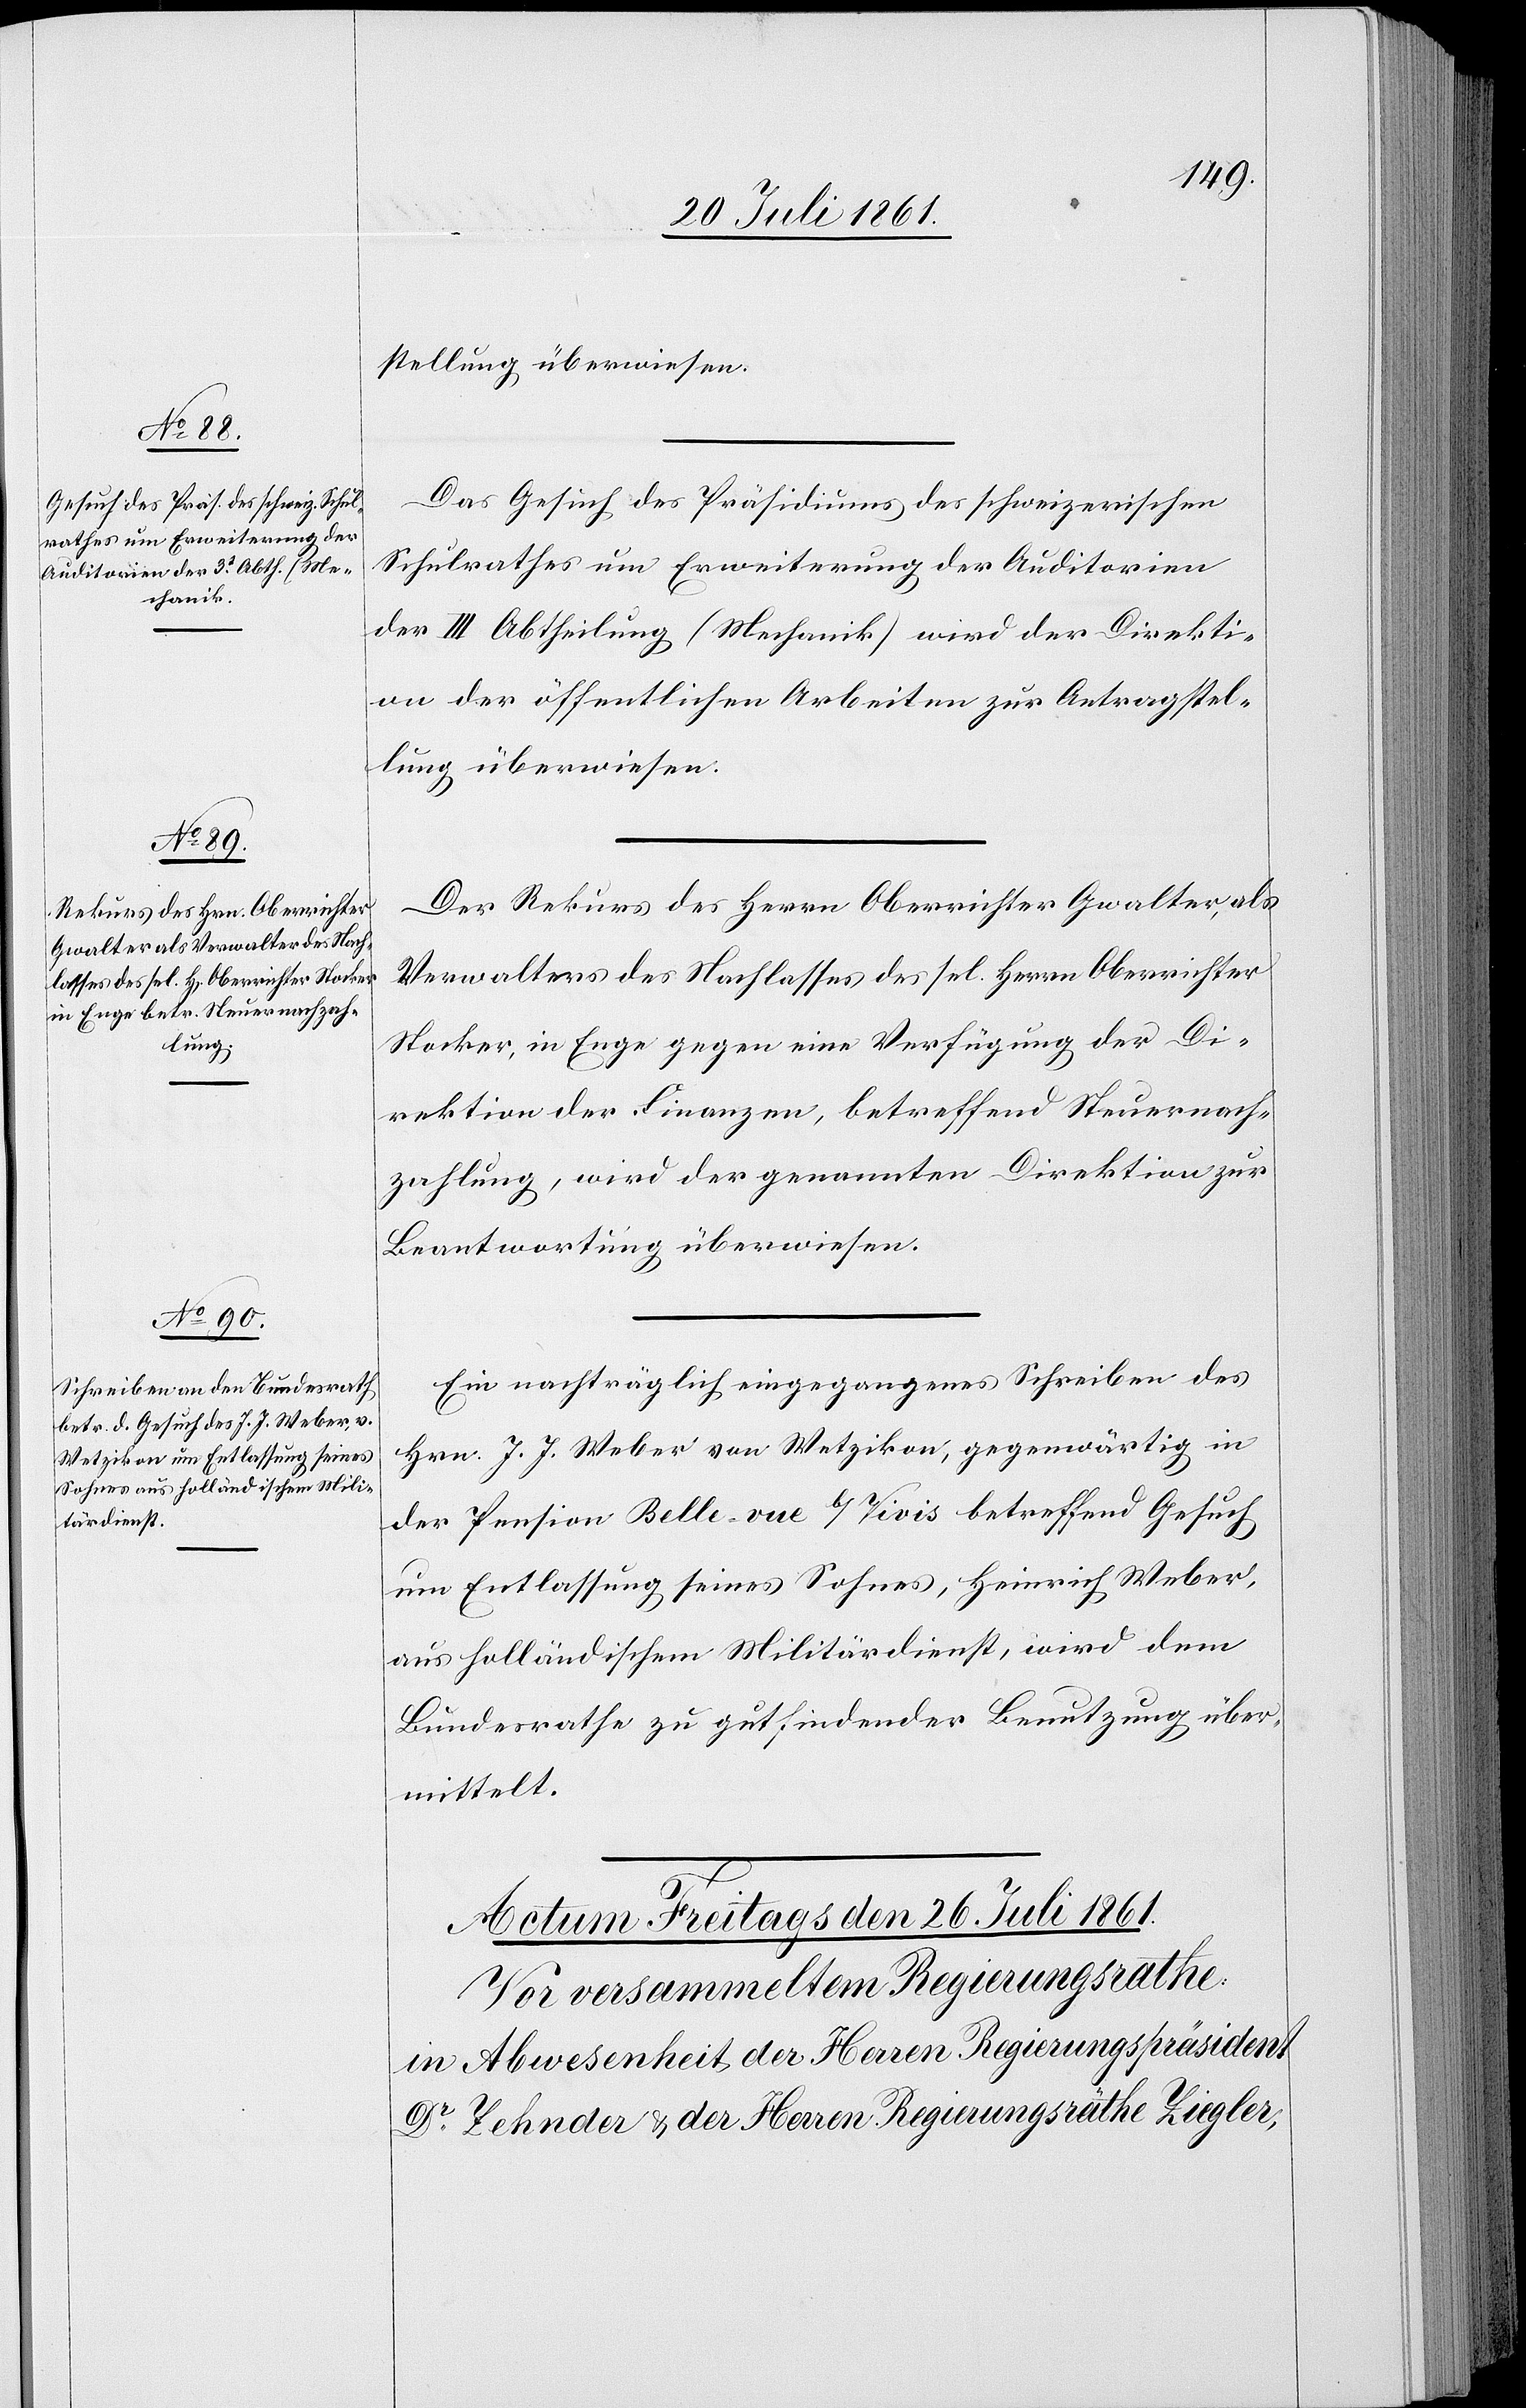
23 Juli 1861.]
stellung überwiesen.
Das Gesuch des Präsidiums des schweizerischen
Schulrathes um Erweiterung der Auditorien
der III Abtheilung (Mechanik) wird der Direkti¬
on der öffentlichen Arbeiten zur Antragstel¬
lung überwiesen.
Der Rekurs des Herrn Oberrichter Gwalter, als
Verwalters [sic!] des Nachlasses des sel. Herrn Oberrichter
Stocker, in Enge gegen eine Verfügung der Di¬
rektion der Finanzen, betreffend Steuernach¬
zahlung wird der genannten Direktion zur
Beantwortung überwiesen.
Ein nachträglich eingegangenes Schreiben des
Hrn. J. J. Weber von Wetzikon, gegenwärtig in
der Pension Belle vue b/Vivis betreffend Gesuch
um Entlassung seines Sohnes, Heinrich Weber,
aus holländischem Militärdienst, wird dem
Bundesrathe zu gutfindender Benutzung über¬
mittelt.